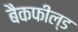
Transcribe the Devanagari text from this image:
बैकफील्ड